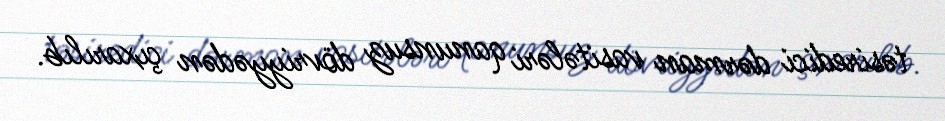
təsiredici dərman vasitələri qanunsuz dövriyyədən çıxarılıb.